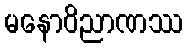
မနောဝိညာဏဿ